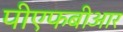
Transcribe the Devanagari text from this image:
पीएफबीआर